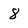
Character: 8